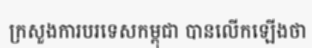
ក្រសួងការបរទេសកម្ពុជា បានលើកឡើងថា